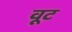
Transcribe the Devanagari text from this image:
वूट